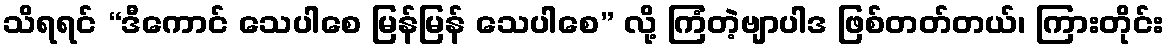
သိရရင် “ဒီကောင် သေပါစေ မြန်မြန် သေပါစေ” လို့ ကြံတဲ့ဗျာပါဒ ဖြစ်တတ်တယ်၊ ကြားတိုင်း